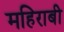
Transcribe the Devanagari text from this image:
महिराबी